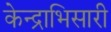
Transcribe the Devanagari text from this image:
केन्द्राभिसारी